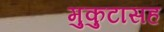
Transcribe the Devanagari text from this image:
मुकुटासह